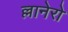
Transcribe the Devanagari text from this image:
ल्लानेरो